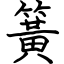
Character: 簧